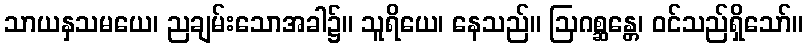
သာယနှသမယေ၊ ညချမ်းသောအခါ၌။ သူရိယေ၊ နေသည်။ ဩဂစ္ဆန္တေ၊ ဝင်သည်ရှိသော်။